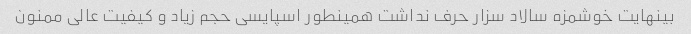
بینهایت خوشمزه سالاد سزار حرف نداشت همینطور اسپایسی حجم زیاد و کیفیت عالی ممنون